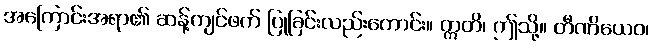
အကြောင်းအရာ၏ ဆန့်ကျင်ဖက် ပြုခြင်းလည်းကောင်း။ ဣတိ၊ ဤသို့။ တီဏိယေဝ၊